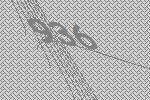
936